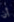
أن